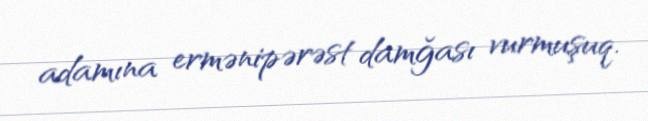
adamına ermənipərəst damğası vurmuşuq.